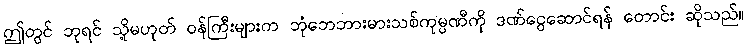
ဤတွင် ဘုရင် သို့မဟုတ် ဝန်ကြီးများက ဘုံဘေဘားမားသစ်ကုမ္ပဏီကို ဒဏ်ငွေဆောင်ရန် တောင်း ဆိုသည်။